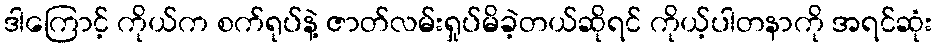
ဒါကြောင့် ကိုယ်က စက်ရုပ်နဲ့ ဇာတ်လမ်းရှုပ်မိခဲ့တယ်ဆိုရင် ကိုယ့်ပါတနာကို အရင်ဆုံး